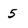
Character: 5